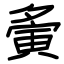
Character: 夤